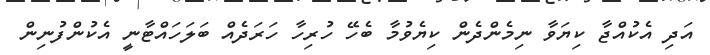
އަދި އެކުއްޖާ ކިޔަވާ ނިމެންދެން ކިޔެވުމާ ބެހޭ ހުރިހާ ހަރަދެއް ބަލަހައްޓާނީ އެކުންފުނިން